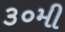
૩૦મી